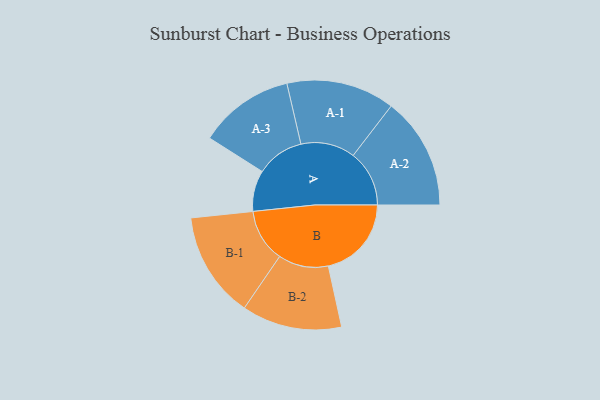
{"axis": {"x": "Segment", "y": "Value"}, "legend": ["", "A", "B"], "data": [{"x": "A", "y": 190, "type": ""}, {"x": "B", "y": 385, "type": ""}, {"x": "A-1", "y": 251, "type": "A"}, {"x": "A-2", "y": 260, "type": "A"}, {"x": "A-3", "y": 221, "type": "A"}, {"x": "B-1", "y": 246, "type": "B"}, {"x": "B-2", "y": 232, "type": "B"}]}